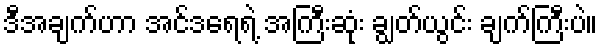
ဒီအချက်ဟာ အင်ဒရေရဲ့ အကြီးဆုံး ချွတ်ယွင်း ချက်ကြီးပဲ။